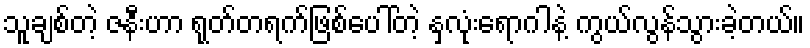
သူချစ်တဲ့ ဇနီးဟာ ရုတ်တရက်ဖြစ်ပေါ်တဲ့ နှလုံးရောဂါနဲ့ ကွယ်လွန်သွားခဲ့တယ်။